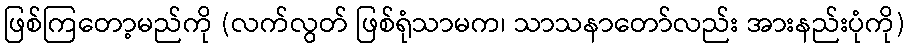
ဖြစ်ကြတော့မည်ကို (လက်လွတ် ဖြစ်ရုံသာမက၊ သာသနာတော်လည်း အားနည်းပုံကို)